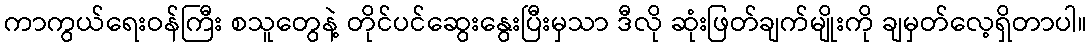
ကာကွယ်ရေးဝန်ကြီး စသူတွေနဲ့ တိုင်ပင်ဆွေးနွေးပြီးမှသာ ဒီလို ဆုံးဖြတ်ချက်မျိုးကို ချမှတ်လေ့ရှိတာပါ။